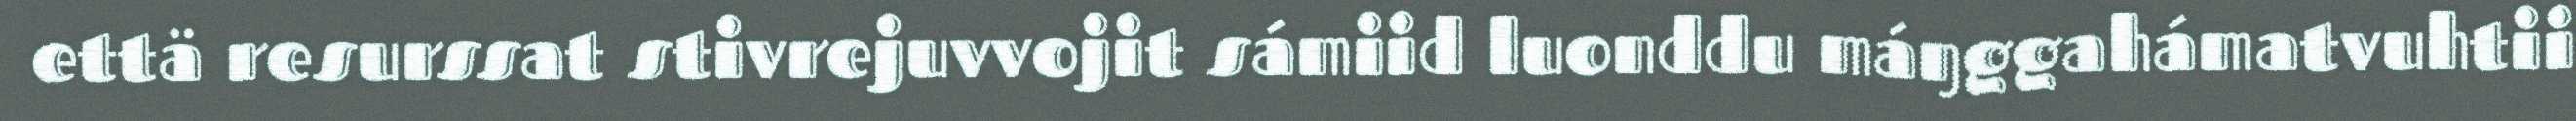
että resurssat stivrejuvvojit sámiid luonddu máŋggahámatvuhtii